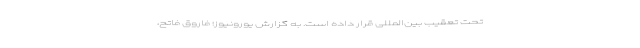
تحت تعقیب بین‌المللی قرار داده است. به گزارش یورونیوز؛ فاروق فاتح،